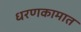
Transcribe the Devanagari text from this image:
धरणकामात